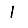
Digit: 1